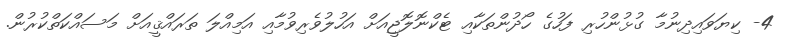
4- ކިޔަވައިދިނުމާ ގުޅުންހުރި ފަހުގެ ހޯދުންތަކާއި ޓެކްނޮލޮޖީއަށް އަހުލުވެރިވުމާއި އަމިއްލަ ތަރައްޤީއަށް މަސައްކަތްކުރުން.